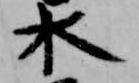
水